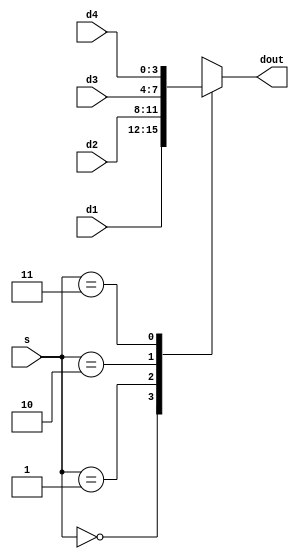
module mux_4x1_4b(dout,d1,d2,d3,d4,s);
	output reg [3:0] dout;
	input [3:0] d1,d2,d3,d4;
	input [1:0] s;
	always @(*)
		begin
			case (s)
				2'b00: dout<=d1;
				2'b01: dout<=d2;
				2'b10: dout<=d3;
				2'b11: dout<=d4;
				default: dout<=4'd0;
			endcase
		end
endmodule